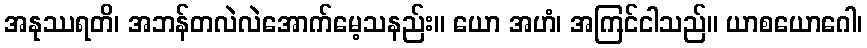
အနုဿရတိ၊ အဘန်တလဲလဲအောက်မေ့သနည်း။ ယော အဟံ၊ အကြင်ငါသည်။ ယာစယောဂေါ၊